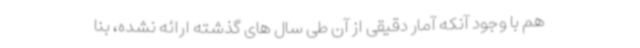
هم با وجود آنکه آمار دقیقی از آن طی سال های گذشته ارائه نشده، بنا